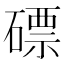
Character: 磦